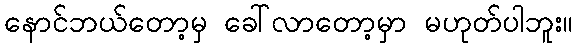
နောင်ဘယ်တော့မှ ခေါ်လာတော့မှာ မဟုတ်ပါဘူး။